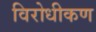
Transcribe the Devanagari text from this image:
विरोधीकण